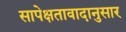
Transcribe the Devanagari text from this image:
सापेक्षतावादानुसार